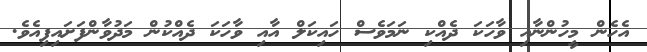
އެހެން މީހުންނާއި ވާހަކަ ދެއްކި ނަމަވެސް ހައިކަލް އާއި ވާހަކަ ދެއްކުން މަދުވާންފަށައިފިއެވެ.